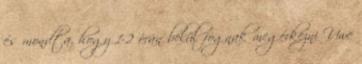
és mondta, hogy 1-2 órán belül fognak megérkezni Uwe